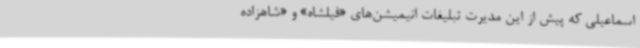
اسماعیلی که پیش‌ از این مدیرت تبلیغات انیمیشن‌های «فیلشاه» و «شاهزاده